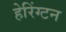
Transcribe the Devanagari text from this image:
हेरिंग्टन